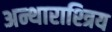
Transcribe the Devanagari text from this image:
अन्थाराश्त्रिय